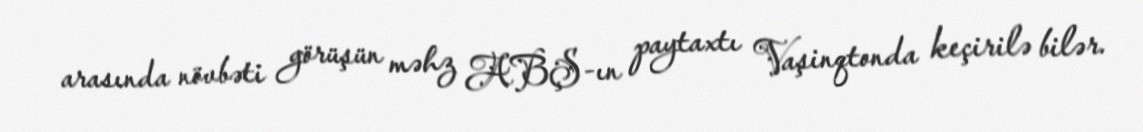
arasında növbəti görüşün məhz ABŞ-ın paytaxtı Vaşinqtonda keçirilə bilər.